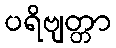
ပရိဗျတ္တာ